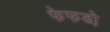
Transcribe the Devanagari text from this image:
फेफडो़